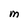
Character: M